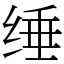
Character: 缍